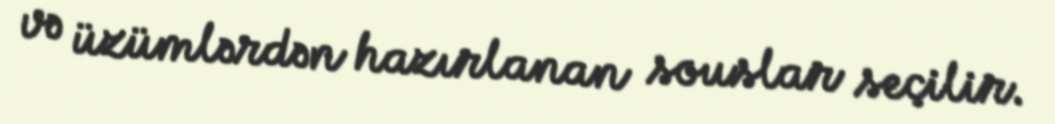
və üzümlərdən hazırlanan souslar seçilir.